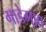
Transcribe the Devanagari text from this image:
गाडेगाव